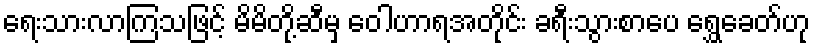
ရေးသားလာကြသဖြင့် မိမိတို့ဆီမှ ဝေါဟာရအတိုင်း ခရီးသွားစာပေ ရွှေခေတ်ဟု